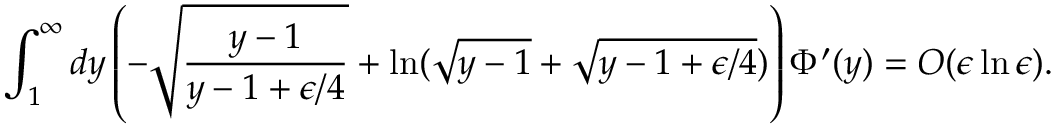
\int _ { 1 } ^ { \infty } d y \left( - \sqrt { \frac { y - 1 } { y - 1 + \epsilon / 4 } } + \ln ( \sqrt { y - 1 } + \sqrt { y - 1 + \epsilon / 4 } ) \right) \Phi ^ { \prime } ( y ) = O ( \epsilon \ln \epsilon ) .